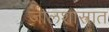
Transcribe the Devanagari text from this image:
जालशास्त्रात